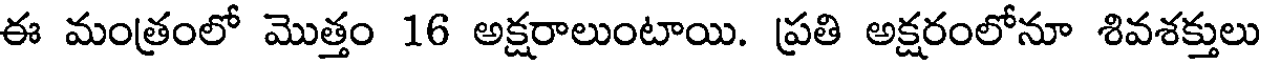
ఈ మంత్రంలో మొత్తం 16 అక్షరాలుంటాయి. ప్రతి అక్షరంలోనూ శివశక్తులు